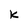
Character: K